Trukikaitis_Postimees, lk 7
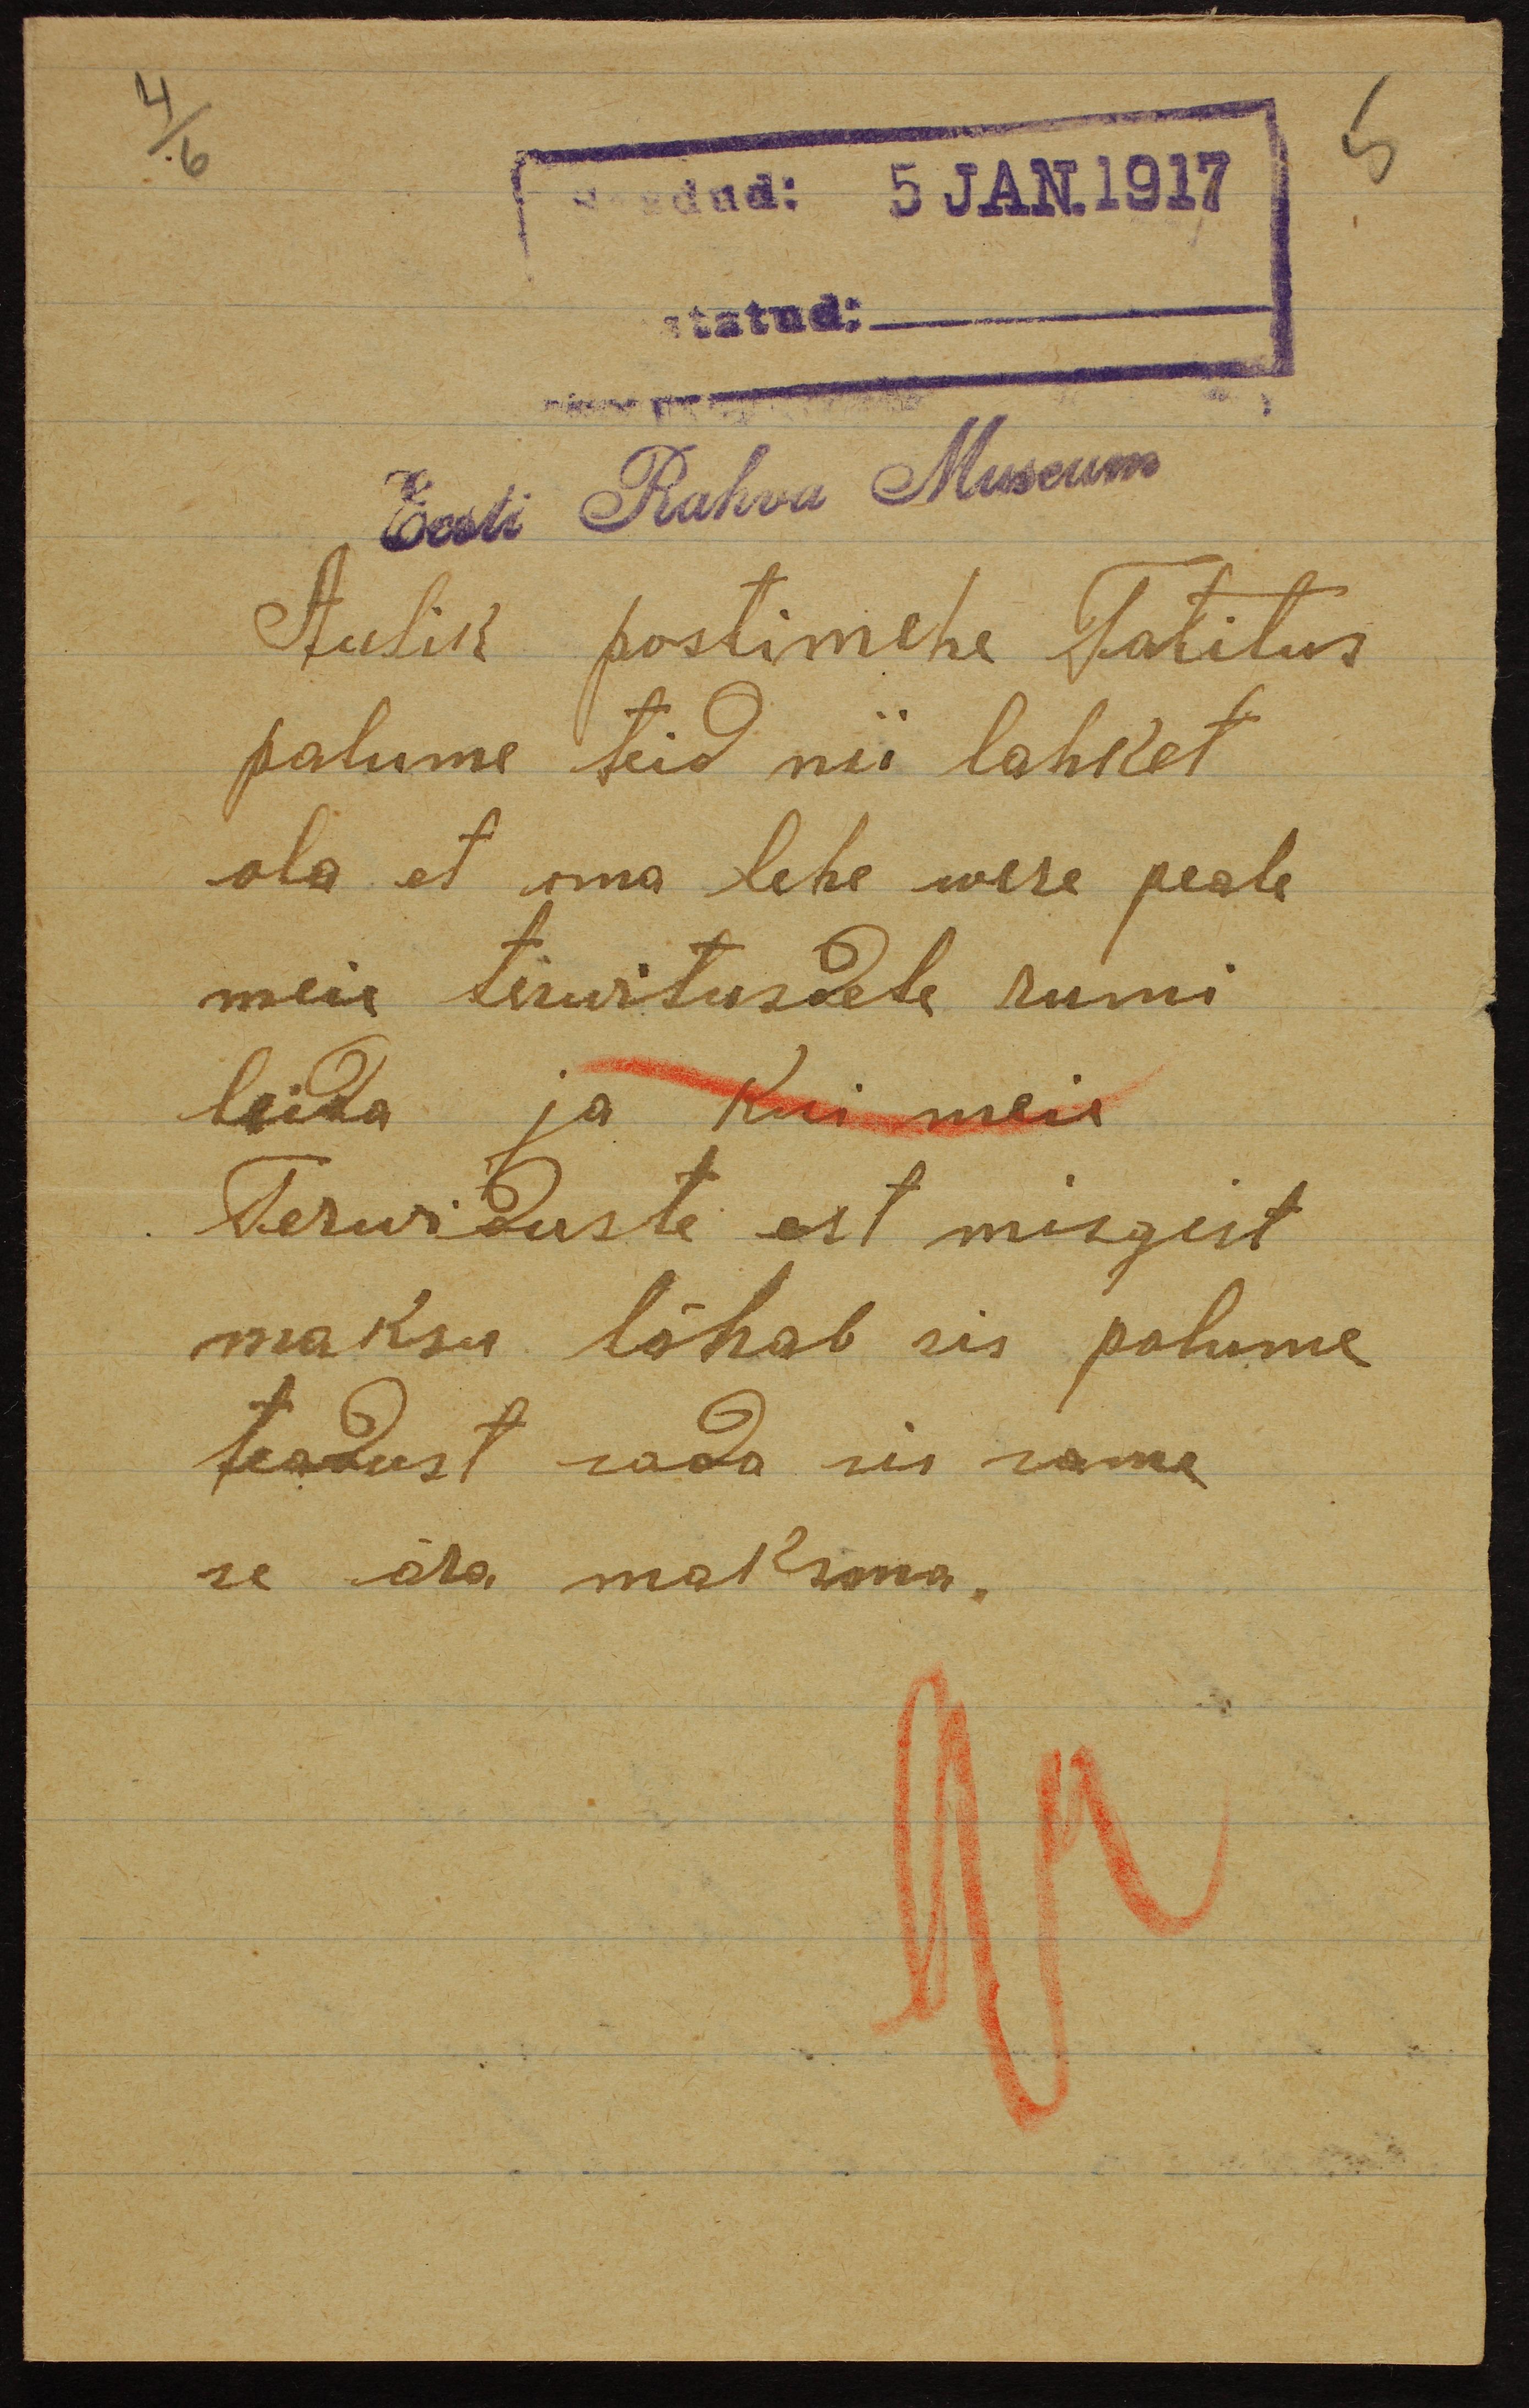
saadud: 5 JAN.1917
Eesti Rahva Museum
Aulik postimehe Talitus
palume teid nii lahket
ola et oma lehe were peale
meie tervitusdele rumi
leida ja kui meie
Terwiduste est mingist
maksu läheb sis palume
teadust sada sis sama
se ära maksma.